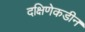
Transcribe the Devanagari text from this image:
दक्षिणेकडीन